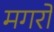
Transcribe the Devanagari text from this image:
मगरों